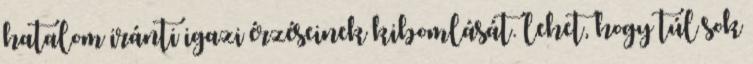
hatalom iránti igazi érzéseinek kibomlását. lehet, hogy túl sok